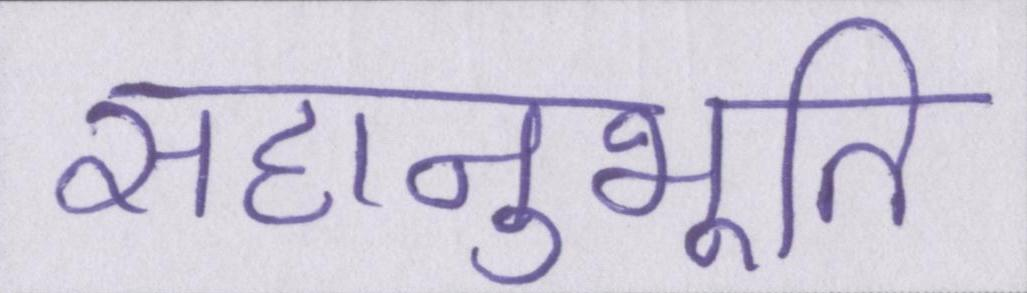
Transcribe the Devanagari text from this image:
सहानुभूति